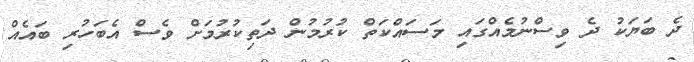
ދެ ބަޔަކު ދެ ވިސްނުމެއްގައި މަސައްކަތް ކުރުމުން ދަތިކުރުމަށް ވެސް އެބަހުރި ބައެއް